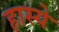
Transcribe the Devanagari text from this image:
हास्ये